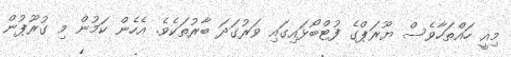
މިއީ ހައްތަހާވެސް ޔޫރަޕްގެ ފުޓްބޯޅައިގައި ވަރުގަދަ ބާރުތަކެވެ. އެހެން ކަމުން މި ގުރޫޕުން